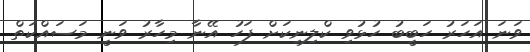
ވަނަ އަހަރު ހަބީބު ހުޅުވި ކްލިނިކަށް ފަހު އޭނާ މިހާރު ވަނީ މަސައްކަތް